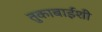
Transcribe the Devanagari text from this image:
तुकाबाईंशी